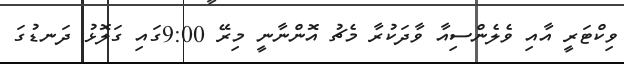
ވިކްޓަރީ އާއި ވެލެންސިއާ ވާދަކުރާ މެޗު އޮންނާނީ މިރޭ 9:00ގައި ގަލޮޅު ދަނޑުގަ